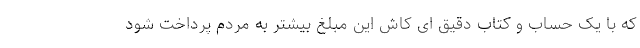
که با یک حساب و کتاب دقیق ای کاش این مبلغ بیشتر به مردم پرداخت شود